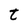
Character: t